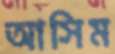
আসিম